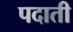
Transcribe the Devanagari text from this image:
पदाती